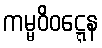
ကမ္မဝိဝဋ္ဋေန